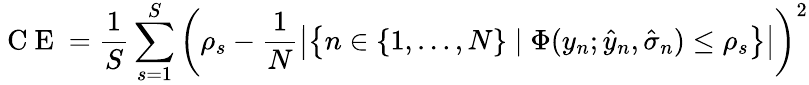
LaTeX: \mathrm{~C~E~}=\frac{1}{S}\sum_{s=1}^{S}\left(\rho_{s}-\frac{1}{N}\left|\left\{ n\in\{ 1,\dots,N\} \mid\Phi(y_{n};\hat{y}_{n},\hat{\sigma}_{n})\leq\rho_{s}\right\} \right|\right)^{2}